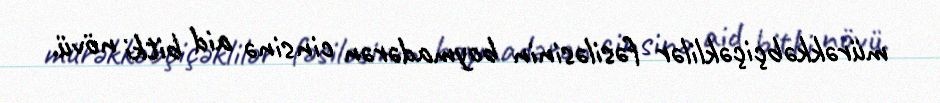
mürəkkəbçiçəklilər fəsiləsinin boymadərən cinsinə aid bitki növü.